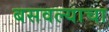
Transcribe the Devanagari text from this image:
बसवल्याचा